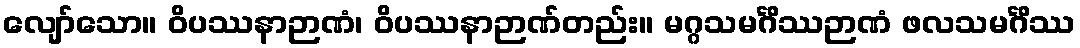
လျော်သော။ ဝိပဿနာဉာဏံ၊ ဝိပဿနာဉာဏ်တည်း။ မဂ္ဂသမင်္ဂိဿဉာဏံ ဖလသမင်္ဂိဿ